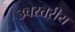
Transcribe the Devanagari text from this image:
उचस्तरीय